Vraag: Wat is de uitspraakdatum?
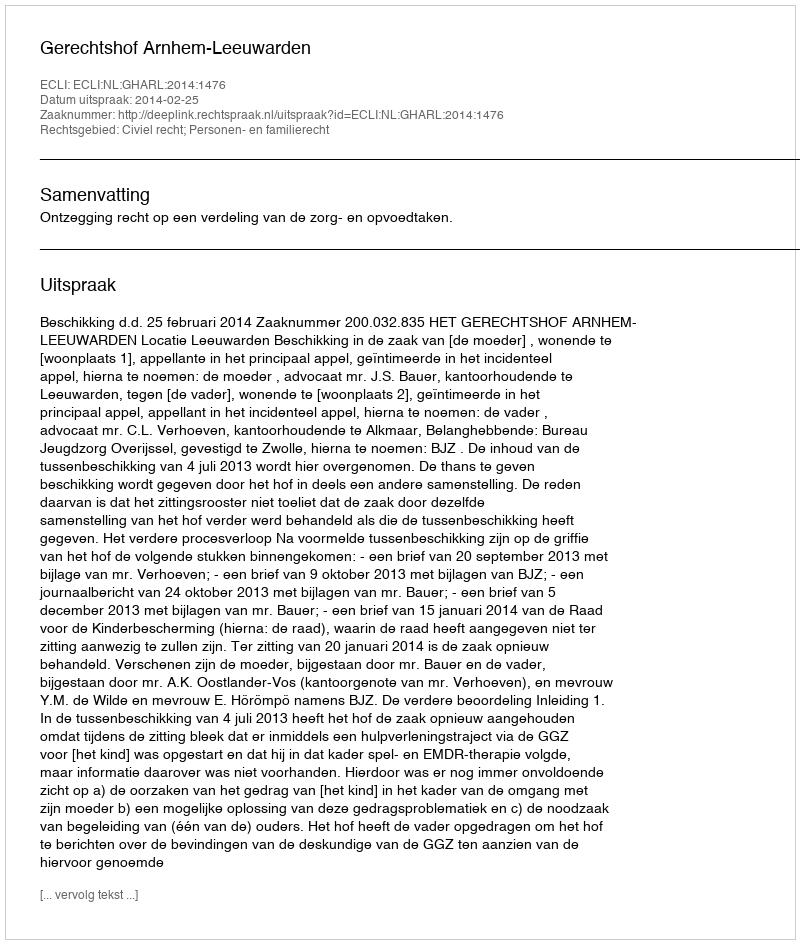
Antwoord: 2014-02-25